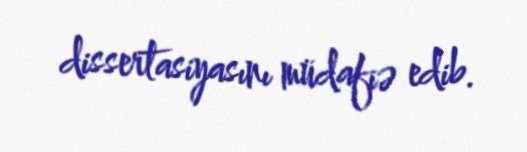
dissertasiyasını müdafiə edib.